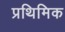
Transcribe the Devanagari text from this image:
प्रथिमिक